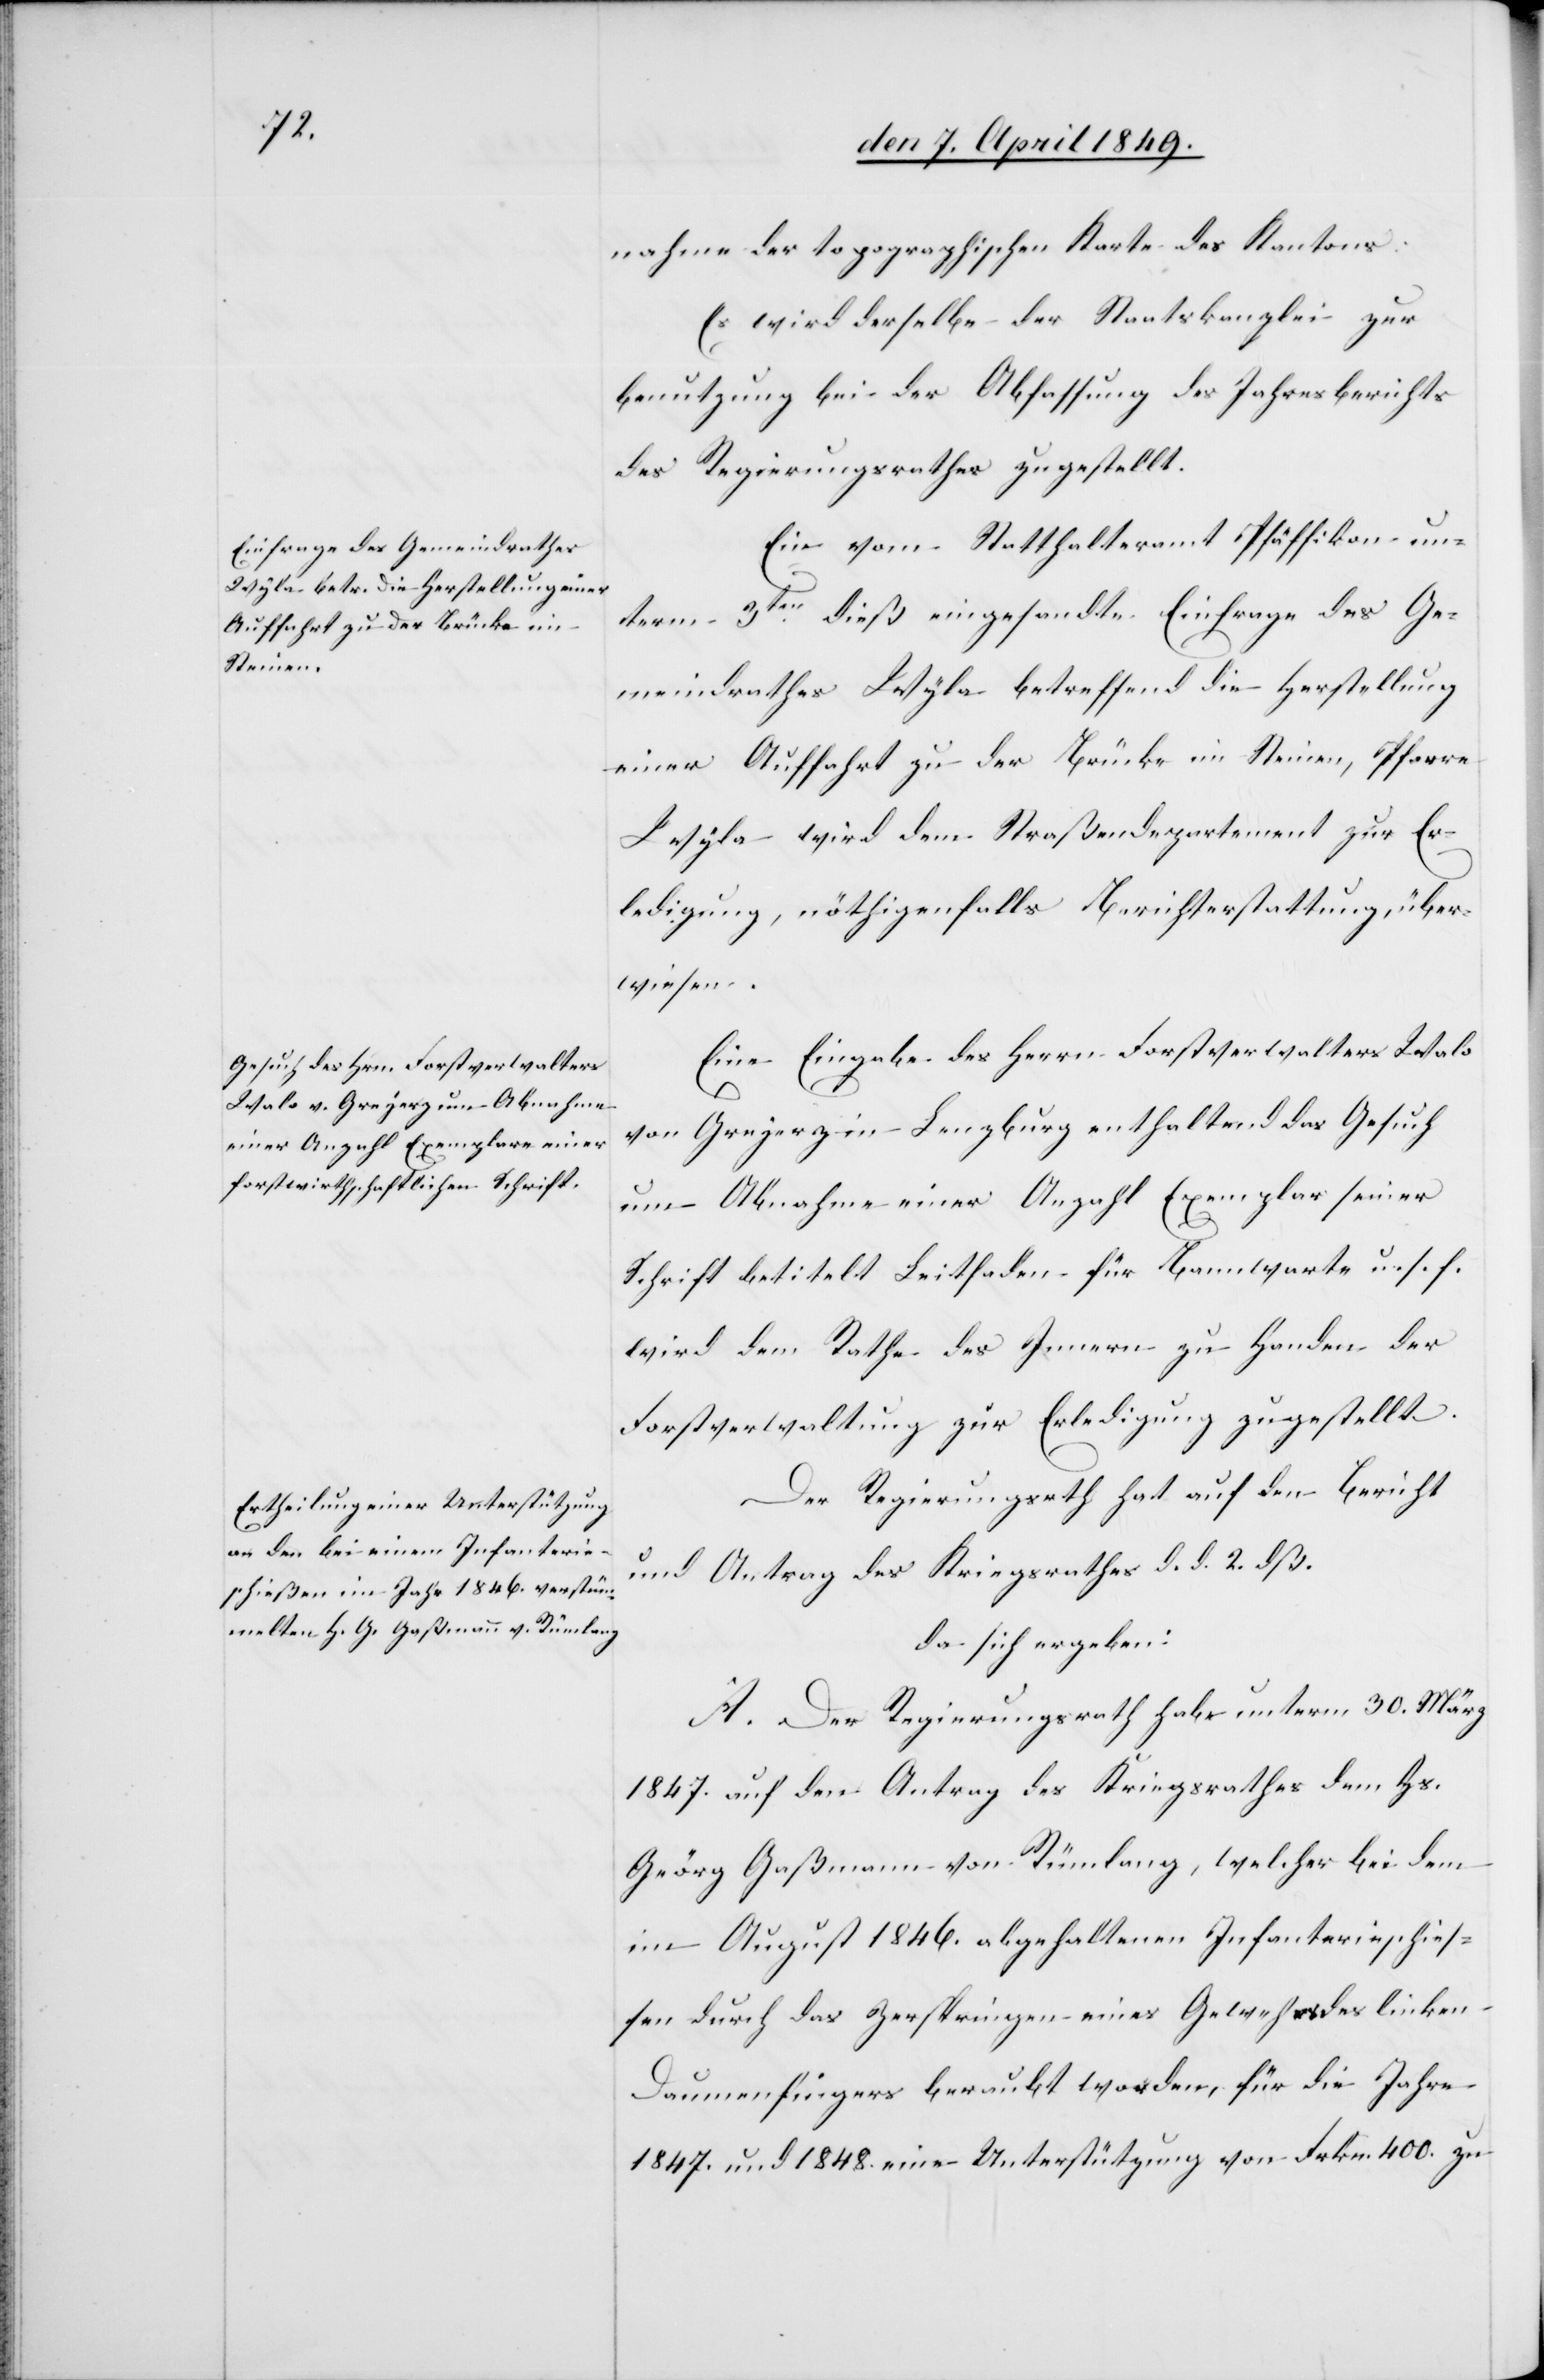
nahme der topographischen Karte des Kantons:
Es wird derselbe der Staatskanzlei zur
Benutzung bei der Abfassung des Jahresberichts
des Regierungsrathes zugestellt.
Ein[e] vom Statthalteramt Pfäffikon un¬
term 3ten dieß eingesandte Einfrage des Ge¬
meindrathes Wyla betreffend die Herstellung
einer Auffahrt zu der Brücke im Steinen, Pfarre
Wyla wird dem Straßendepartement zur Er¬
ledigung, nöthigenfalls Berichterstattung, über¬
wiesen.
Eine Eingabe des Herrn Forstverwalters Walo
von Grejerz in Lenzburg enthaltend das Gesuch
um Abnahme einer Anzahl Exemplar seiner
Schrift betitelt Leitfaden für Baumwarte u. s. f.
wird dem Rathe des Innern zu Handen der
Forstverwaltung zur Erledigung zugestellt.
Der Regierungsrath hat auf den Bericht
und Antrag des Kriegsrathes d. d. 2. dß.
da sich ergeben:
A. Der Regierungsrath habe unterm 30. März
1847. auf den Antrag des Kriegsrathes dem Hs.
Georg Gaßmann von Rümlang, welcher bei dem
im August 1846. abgehaltenen Infanterieschies¬
sen durch das Zerspringen eines Gewehrs des linken
Daumenfingers beraubt worden, für die Jahre
1847. und 1848. eine Unterstützung von Frkn. 400. zu-